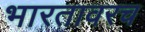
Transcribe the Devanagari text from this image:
भारतावरच